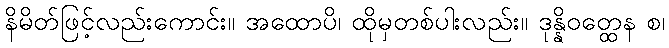
နိမိတ်ဖြင့်လည်းကောင်း။ အထောပိ၊ ထိုမှတစ်ပါးလည်း။ ဒုန္နိဝတ္ထေန စ၊